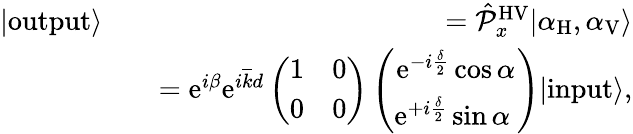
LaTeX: \begin{array}{rlr}{|\mathrm{output}\rangle}&{}&{=\hat{\mathcal P}_{x}^{\mathrm{HV}}|\alpha_{\mathrm{H}},\alpha_{\mathrm{V}}\rangle}\\ &{}&{=\mathrm{e}^{i\beta}\mathrm{e}^{i\overline{{k}}d}\left(\begin{array}{cc}{1}&{0}\\ {0}&{0}\end{array}\right)\left(\begin{array}{c}{\mathrm{e}^{-i\frac{\delta}{2}}\cos\alpha}\\ {\mathrm{e}^{+i\frac{\delta}{2}}\sin\alpha\ }\end{array}\right)|\mathrm{input}\rangle,}\end{array}